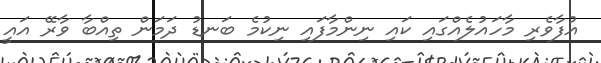
އުފާވެރި މާހައުލެއްގައި ކައި ނިންމާފައި ނިކުމެ ބަނޑު ދަމަން ތިއްބާ ވާރޭ އައީ